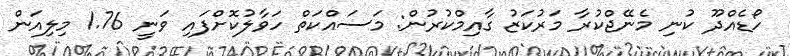
ހޯޑެއްދޫ ކުނި މެނޭޖްކުރާ މަރުކަޒު ގާއިމްކުރުން: މަސައްކަތް ހަވާލުކޮށްފައި ވަނީ 1.76 މިލިއަން